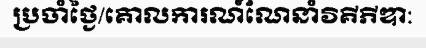
ប្រចាំថ្ងៃ/គោលការណ៍ណែនាំវិគីភីឌា: